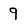
Character: 9